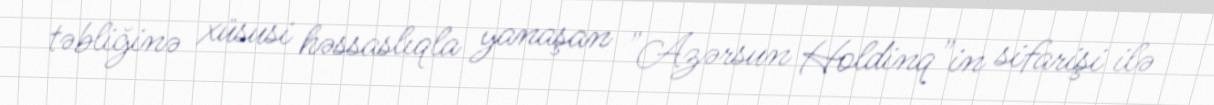
təbliğinə xüsusi həssaslıqla yanaşan "Azərsun Holdinq"in sifarişi ilə